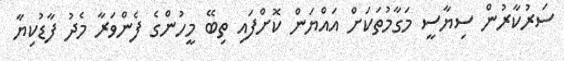
ސަރުކާރުން ސިޔާސީ މަގާމުތަކަށް އައްޔަން ކޮށްފައި ތިބޭ މީހުންގެ ފެންވަރާ މެދު ފާޑުކިޔާ